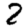
Digit: 2